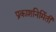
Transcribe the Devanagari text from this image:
प्रकाशनिर्मिती